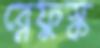
ব্লেফুস্ক